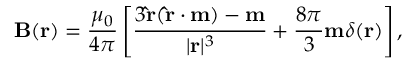
\mathbf { B } ( \mathbf { r } ) = { \frac { \mu _ { 0 } } { 4 \pi } } \left[ { \frac { 3 \mathbf { \hat { r } } ( \mathbf { \hat { r } } \cdot \mathbf { m } ) - \mathbf { m } } { | \mathbf { r } | ^ { 3 } } } + { \frac { 8 \pi } { 3 } } \mathbf { m } \delta ( \mathbf { r } ) \right] ,